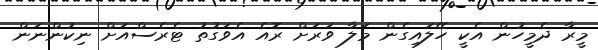
މީރާ ދެމީހުން އެކީ ހޭލައިގެން މަލާ ވަރަށް ރޮއެ އެވަގުތު ޓެރެސްއަށް ނިކުންނަން